system: You are a helpful assistant.
user:
Analyze the provided spectrum to determine if it is a **S-type Star**.

- **Key Indicators for S-type Star:**

    - **(Overall Spectrum Shape):** The first and most obvious characteristic is the overall continuum (the "baseline" shape). It is **extremely "red-sloping,"** meaning the flux (light intensity) is very low on the left side (blue, ~4000-4500 Å) and rises steeply and continuously toward the right side (red, ~7000 Å+).

    - **(Primary):** The spectrum is defined by the presence of strong, broad molecular absorption "valleys" (bands) from **Zirconium Oxide (ZrO)**. The identification of these bands is the **primary requirement** for classifying a star as S-type.
        - **(Key Bandheads):** You must find distinct, deep "dips" where the light has been absorbed. The most critical band systems to locate are:
            - **~6474 Å** ($\gamma$-system): This is often the strongest and clearest ZrO feature, found in the red part of the spectrum.
            - **~5718 Å** & **~5551 Å** ($\beta$-system): A pair of prominent absorption features in the yellow-orange part of the spectrum.
            - **~4640 Å** ($\alpha$-system): A key absorption band system in the blue-green region of the spectrum.

    - **(Secondary Confirmation):** The classification is strengthened by finding additional absorption bands from other related heavy element oxides, which are expected to be present alongside ZrO.
        - **(Key Bandheads):**
            - **Yttrium Oxide (YO):** Look for absorption dips near **~4800 Å** and **~6100 Å**.
            - **Lanthanum Oxide (LaO):** Additional absorption features, particularly in the red-orange part of the spectrum, are also characteristic.

    - **(Line Profile):** The combination of the steep red continuum and these numerous, deep molecular bands (ZrO, YO, etc.) gives the entire spectrum a very **"chopped-up"** or **"bumpy"** appearance. Instead of a smooth curve, the spectrum looks as though large, wide chunks of light have been "carved out" of it at the specific wavelengths listed above.

Think first, call **spectral_visualization_tool** if needed to examine features in detail, then provide your final answer. Your response must adhere to the following strict rules:
1.  **Overall Structure:** Your response must follow the format `<think>...</think> <tool_call>...</tool_call> (if a tool is used) <answer>...</answer>`.
2.  **Tool Usage Constraint:** You may only make **one** tool call per turn.
3.  **Final Answer Format:** In the `<answer>` tag, your conclusion must be inside a `\boxed{}` command (e.g., `\boxed{YES}` or `\boxed{NO}`), followed by your justification.

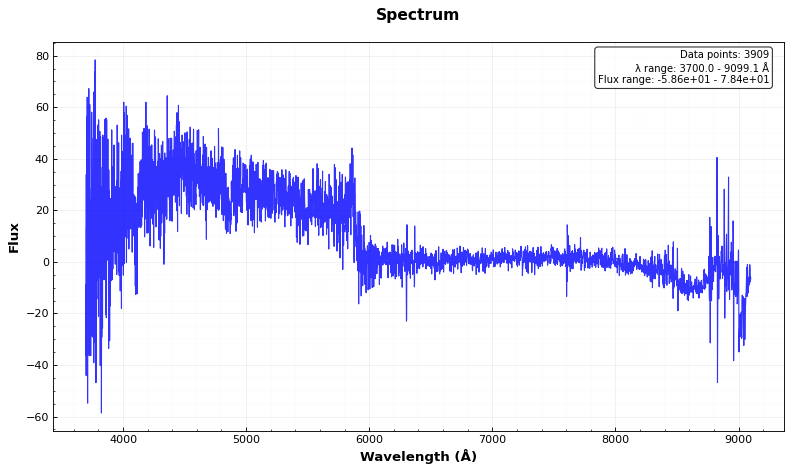
Answer: YES